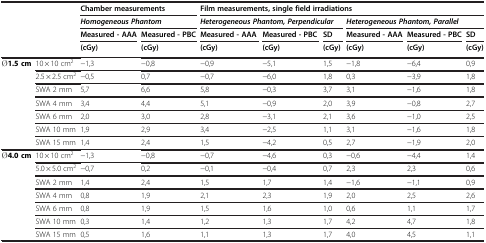
|  |  | <COLSPAN=2> Chamber measurements | <COLSPAN=6> Film measurements, single field irradiations |
 |  |  | <COLSPAN=2> Homogeneous Phantom | <COLSPAN=3> Heterogeneous Phantom, Perpendicular | <COLSPAN=3> Heterogeneous Phantom, Parallel |
 |  |  | Measured - AAA | Measured - PBC | Measured - AAA | Measured - PBC | SD | Measured - AAA | Measured - PBC | SD |
 |  |  | (cGy) | (cGy) | (cGy) | (cGy) | (cGy) | (cGy) | (cGy) | (cGy) |
 | --- | --- | --- | --- | --- | --- | --- | --- | --- | --- |
 | <ROWSPAN=7> Ø1.5 cm | 10 × 10 cm2 | −1,3 | −0,8 | −0,9 | −5,1 | 1,5 | −1,8 | −6,4 | 0,9 |
 | 2.5 × 2.5 cm2 | −0,5 | 0,7 | −0,7 | −6,0 | 1,8 | 0,3 | −3,9 | 1,8 |
 | SWA 2 mm | 5,7 | 6,6 | 5,8 | −0,3 | 3,7 | 3,1 | −1,6 | 1,8 |
 | SWA 4 mm | 3,4 | 4,4 | 5,1 | −0,9 | 2,0 | 3,9 | −0,8 | 2,7 |
 | SWA 6 mm | 2,0 | 3,0 | 2,8 | −3,1 | 2,1 | 3,6 | −1,0 | 2,5 |
 | SWA 10 mm | 1,9 | 2,9 | 3,4 | −2,5 | 1,1 | 3,1 | −1,6 | 1,8 |
 | SWA 15 mm | 1,4 | 2,4 | 1,5 | −4,2 | 0,5 | 2,7 | −1,9 | 2,0 |
 | <ROWSPAN=7> Ø4.0 cm | 10 × 10 cm2 | −1,3 | −0,8 | −0,7 | −4,6 | 0,3 | −0,6 | −4,4 | 1,4 |
 | 5.0 × 5.0 cm2 | −0,7 | 0,2 | −0,1 | −0,4 | 0,7 | 2,3 | 2,3 | 0,6 |
 | SWA 2 mm | 1,4 | 2,4 | 1,5 | 1,7 | 1,4 | −1,6 | −1,1 | 0,9 |
 | SWA 4 mm | 0,8 | 1,9 | 2,1 | 2,3 | 1,9 | 2,0 | 2,5 | 2,6 |
 | SWA 6 mm | 0,8 | 1,9 | 1,5 | 1,6 | 1,0 | 0,6 | 1,1 | 1,7 |
 | SWA 10 mm | 0,3 | 1,4 | 1,2 | 1,3 | 1,7 | 4,2 | 4,7 | 1,8 |
 | SWA 15 mm | 0,5 | 1,6 | 1,1 | 1,3 | 1,7 | 4,0 | 4,5 | 1,1 |